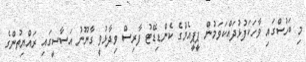
މި ބަހުސްގައި ވާހަކަފުޅުދައްކަވަމުން ޕީޕީއެމްގެ ކެންޑިޑޭޓު ފާރިސް ވިދާޅުވީ ގާނޫނު އަސާސީގައި ރައްޔިތުންގެ